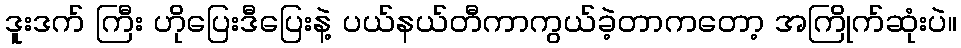
ဒူးဒက် ကြီး ဟိုပြေးဒီပြေးနဲ့ ပယ်နယ်တီကာကွယ်ခဲ့တာကတော့ အကြိုက်ဆုံးပဲ။